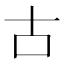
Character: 古